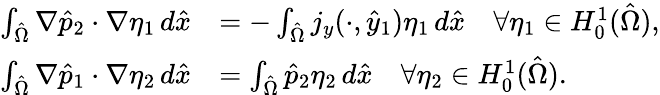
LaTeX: \begin{array}{rl}{\int_{\hat{\Omega}}\nabla\hat{p}_{2}\cdot\nabla\eta_{1}\, d\hat{x}}&{=-\int_{\hat{\Omega}}j_{y}(\cdot,\hat{y}_{1})\eta_{1}\, d\hat{x}\quad\forall\eta_{1}\in H_{0}^{1}(\hat{\Omega}),}\\ {\int_{\hat{\Omega}}\nabla\hat{p}_{1}\cdot\nabla\eta_{2}\, d\hat{x}}&{=\int_{\hat{\Omega}}\hat{p}_{2}\eta_{2}\, d\hat{x}\quad\forall\eta_{2}\in H_{0}^{1}(\hat{\Omega}).}\end{array}